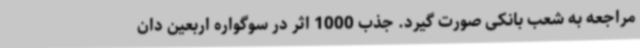
مراجعه به شعب بانکی صورت گیرد. جذب 1000 اثر در سوگواره اربعین دان